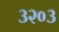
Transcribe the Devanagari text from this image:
३२०३